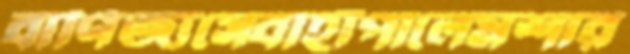
বাণিজ্যসেবাহাঁপালেমশার